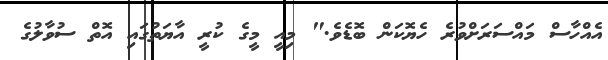
އެއްހާސް މައްސަރަށްވުރެ ހެޔޮކަން ބޮޑެވެ." މިއީ މީގެ ކުރީ އާޔަތުގައި އޮތް ސުވާލުގެ